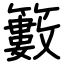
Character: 籔